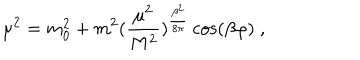
\mu ^ { 2 } = m _ { 0 } ^ { 2 } + m ^ { 2 } ( { \frac { \mu ^ { 2 } } { M ^ { 2 } } } ) ^ { { \frac { \beta ^ { 2 } } { 8 \pi } } } \cos ( \beta \varphi ) \; ,